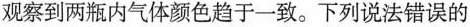
观察到两瓶内气体颜色趋于一致。下列说法错误的